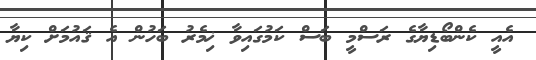
އެއީ ކެންބޯޑިޔާގެ ރަސްމީ ބަސް ކަމުގައިވާ ޚިމެރު ބަހުން އެ ޤައުމަށް ކިޔާ